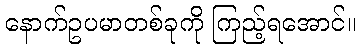
နောက်ဥပမာတစ်ခုကို ကြည့်ရအောင်။